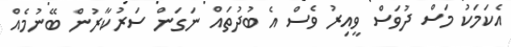
އެކަމަކު މަސް ދުވަސް ވީއިރު ވެސް އެ ބުދުތައް ނަގަން ސަރުކާރުން ބޭނުމެއް